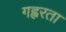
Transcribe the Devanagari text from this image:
गह्वरता